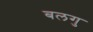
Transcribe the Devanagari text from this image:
बलगु